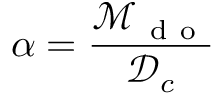
\alpha = \frac { \mathcal { M } _ { { { \mathrm { ~ d ~ o ~ } } } } } { { \mathcal { D } } _ { c } }